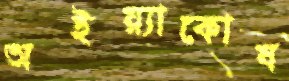
অইয়্যাকোষ